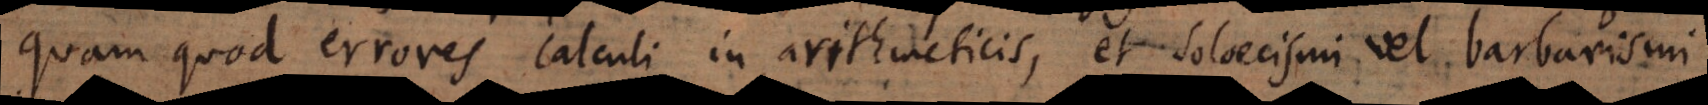
quam quod errores calculi in arithmeticis, et soloecismi vel barbarismi